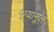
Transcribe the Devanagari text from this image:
थूयामूल